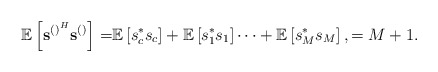
\begin{align*} \mathbb{E}\left[\mathbf{s}^{\left(\right)^H}\mathbf{s}^{\left(\right)}\right]=&\mathbb{E}\left[s_c^*s_c\right]+\mathbb{E}\left[s_1^*s_1\right]\cdots+\mathbb{E}\left[s_M^*s_M\right],=M+1.\end{align*}